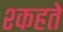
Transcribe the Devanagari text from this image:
श्कहते